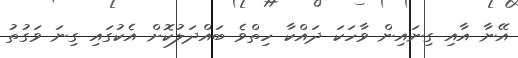
އޭނާ އާއި ގިނައިން ވާހަކަ ދައްކާ ހިތްވެ ބައްދަލުކޮށް އެކުގައި ގިނަ ވަގުތު